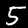
Label: 5